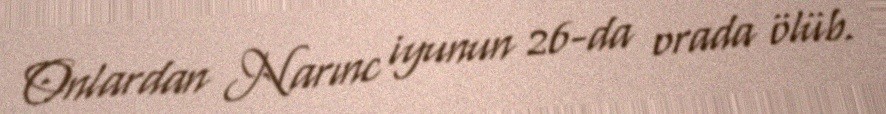
Onlardan Narınc iyunun 26-da orada ölüb.